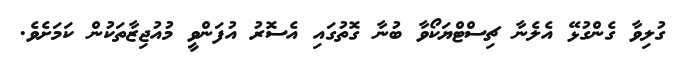
ގުލިވާ ގެންގުޅޭ އެލެނާ ޗިސްޓްޔަކޯވާ ބުނާ ގޮތުގައި އެސޮރު އުފަންވީ މުއުޖިޒާތަކުން ކަމަށެވެ.